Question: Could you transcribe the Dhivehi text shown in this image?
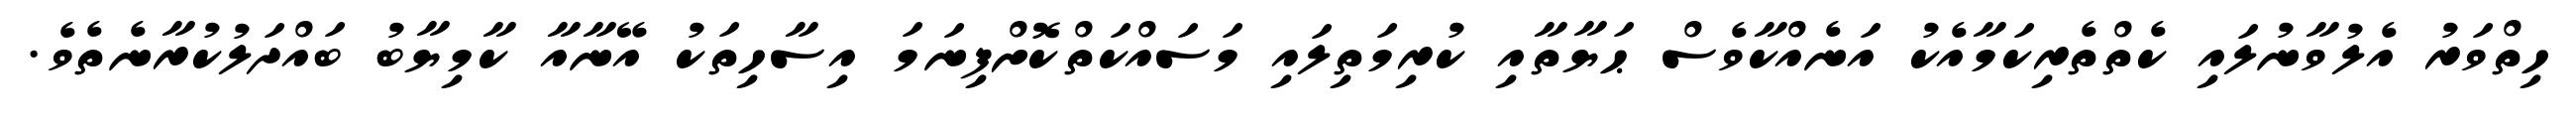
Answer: ހިތްވަރު އެލުވާނުލައި ކެތްތެރިކަމާއެކު އަނެއްކާވެސް ޙަޔާތާއި ކުރިމަތިލައި މަސައްކަތްކޮށްފިނަމަ އިސާހިތަކު އޭނާއާ ކާމިޔާބު ބައްދަލުކުރާނެތެވެ.